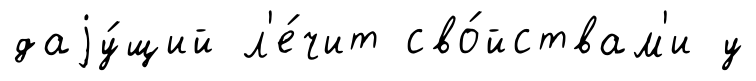
даjу́щий л'е́чит сво́йствам'и у